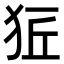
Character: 𤞈